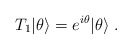
\begin{align*}T_1|\theta\rangle = e^{i\theta}|\theta\rangle\; .\end{align*}